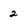
Character: 2